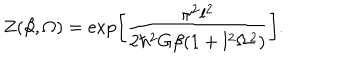
LaTeX: Z ( \beta , \Omega ) = \exp \left[ \frac { \pi ^ { 2 } l ^ { 2 } } { 2 \hbar ^ { 2 } G \beta ( 1 + l ^ { 2 } \Omega ^ { 2 } ) } \right] .